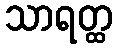
သာရတ္ထ